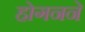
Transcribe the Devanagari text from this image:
होगनने